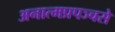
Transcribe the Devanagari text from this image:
अनात्मप्रपञ्चसे